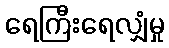
ရေကြီးရေလျှံမှု